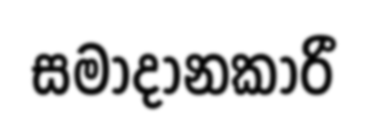
සමාදානකාරී